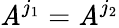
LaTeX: \mathit{A}^{j_{1}}=\mathit{A}^{j_{2}}